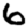
Digit: 6